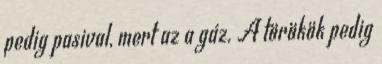
pedig pasival, mert az a gáz. A törökök pedig